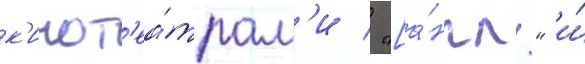
к'инот'еа́трам'и / "[а́нгл." и́